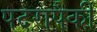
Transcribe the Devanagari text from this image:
पदरापैकी